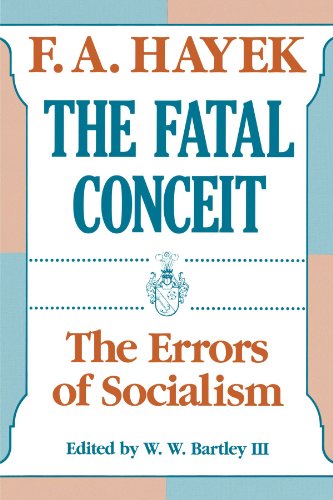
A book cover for The Fatal Conceit: The Errors of Socialism (The Collected Works of F. A. Hayek); F. A. Hayek; Business & Money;